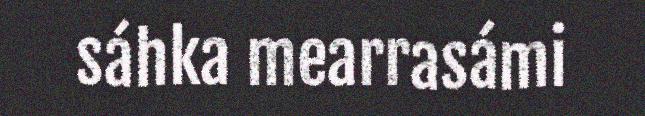
sáhka mearrasámi